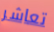
تعاشر